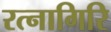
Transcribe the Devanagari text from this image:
रत्‍नागिरि